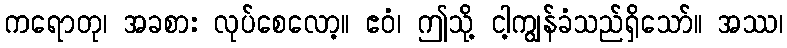
ကရောတု၊ အခစား လုပ်စေလော့။ ဧဝံ၊ ဤသို့ ငါ့ကျွန်ခံသည်ရှိသော်။ အဿ၊